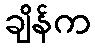
ချိန်က